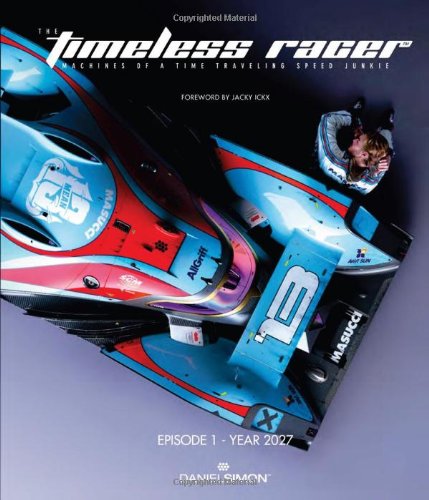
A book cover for The Timeless Racer: Machines of a Time Traveling Speed Junkie (English, German and French Edition); Daniel Simon; Engineering & Transportation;